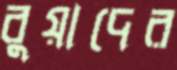
বুয়াদের